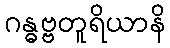
ဂန္ဓဗ္ဗတူရိယာနိ